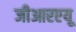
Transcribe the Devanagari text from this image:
जीआरएयू